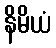
နိမိယံ